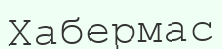
Хабермас